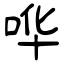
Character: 哗